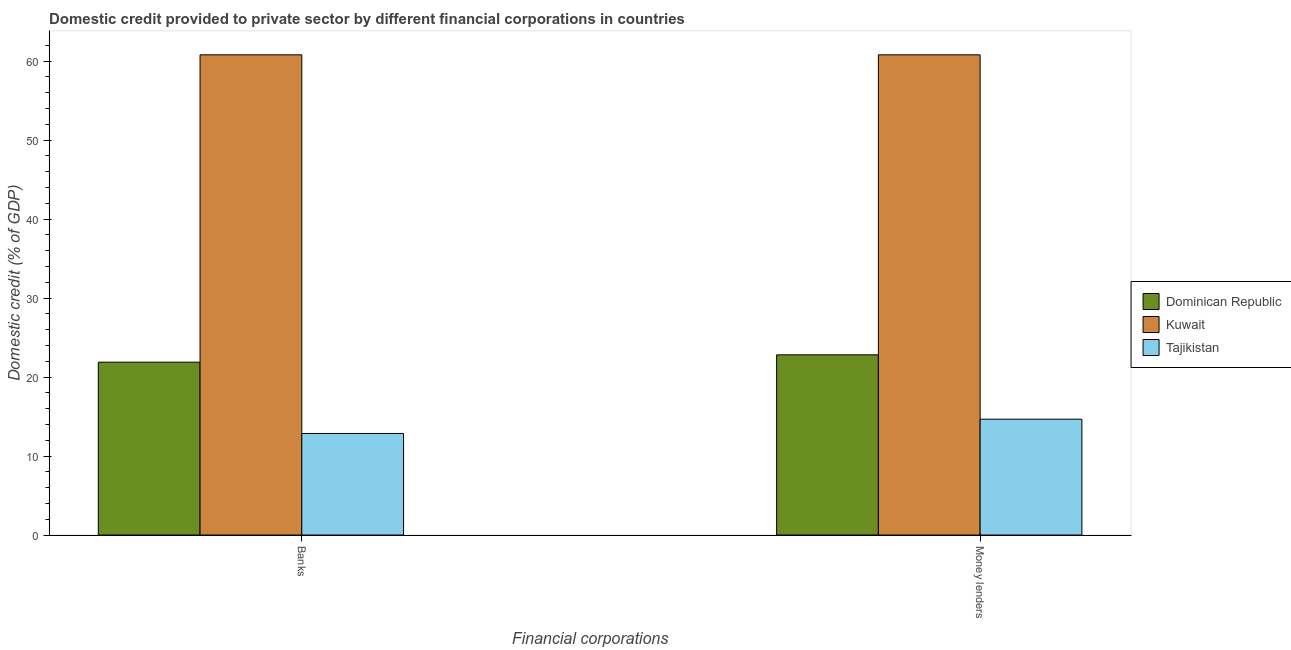
| Financial corporations | Dominican Republic | Kuwait | Tajikistan |
 | --- | --- | --- | --- |
 | Banks | 21.9 | 60.8 | 12.9 |
 | Money lenders | 22.8 | 60.8 | 14.7 |